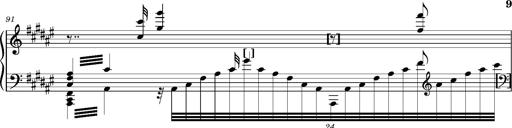
Title: Cavatine de Robert le Diable
Composer: Franz Liszt
Key: F-sharp minor